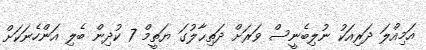
އަމިއްލަ ދަރިއަކު ނުލިބެނީސް ވަރަށް ދަތިޙާލުގަ ޔަތީމް 7 ކުދިން ބެލި އަންހެނަކަށް